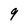
Character: 9